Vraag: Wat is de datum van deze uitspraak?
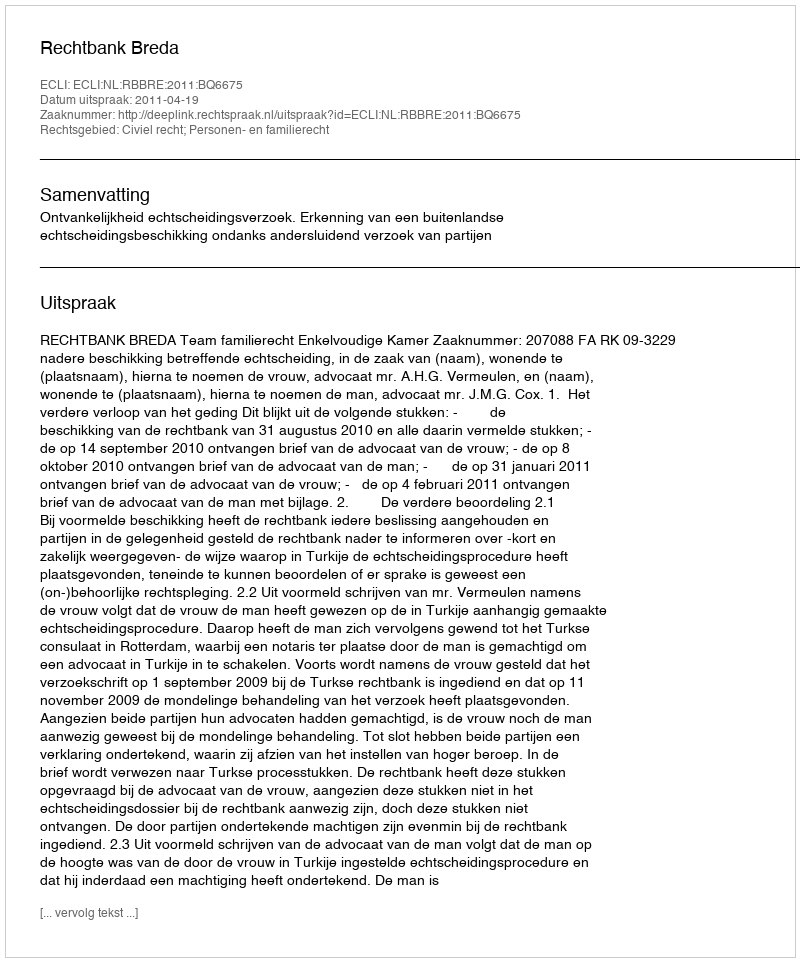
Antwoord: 2011-04-19